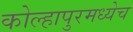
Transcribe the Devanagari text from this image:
कोल्हापुरमध्येच